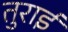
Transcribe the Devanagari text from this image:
तुराई